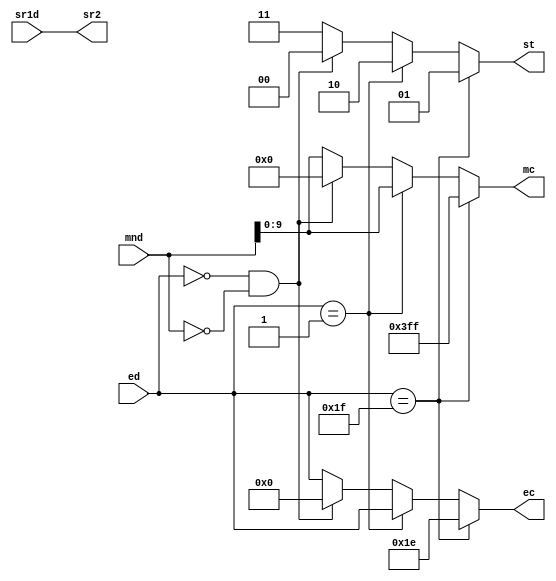
`timescale 1ns / 1ps

module ex_check(sr1d,ed,mnd,sr2,ec,mc,st);
	input sr1d;
	input[4:0] ed;
	input[10:0] mnd;
	output sr2;
	output reg[4:0] ec;
	output reg[9:0] mc;
	output reg[1:0] st;
	
	assign sr2 = sr1d;
	//assign ec = ed;
	//assign mc = mnd[9:0];
	
	always @(ed or mnd)
		begin
			
			if(ed==31)
				begin
					st<= 2'b01; //overflow
					ec<=5'b11110;
					mc<=10'b1111111111;
				end
			else if(ed==1)
				begin
					st<=2'b10; //underflow
					ec<=ed;
					mc<=mnd[9:0]; // underflow ciktisi nasil olmali ?
				end
			else if(ed==0 && mnd==0)
				begin
					st<=2'b00; //result zero
					ec<=5'b00000;
					mc<=10'b0000000000;
				end
			else
				begin
					st<=2'b11; //normal operation
					ec<=ed;
					mc<=mnd[9:0];
				end
			
		end
		


endmodule